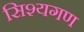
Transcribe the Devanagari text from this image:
सिश्यगण